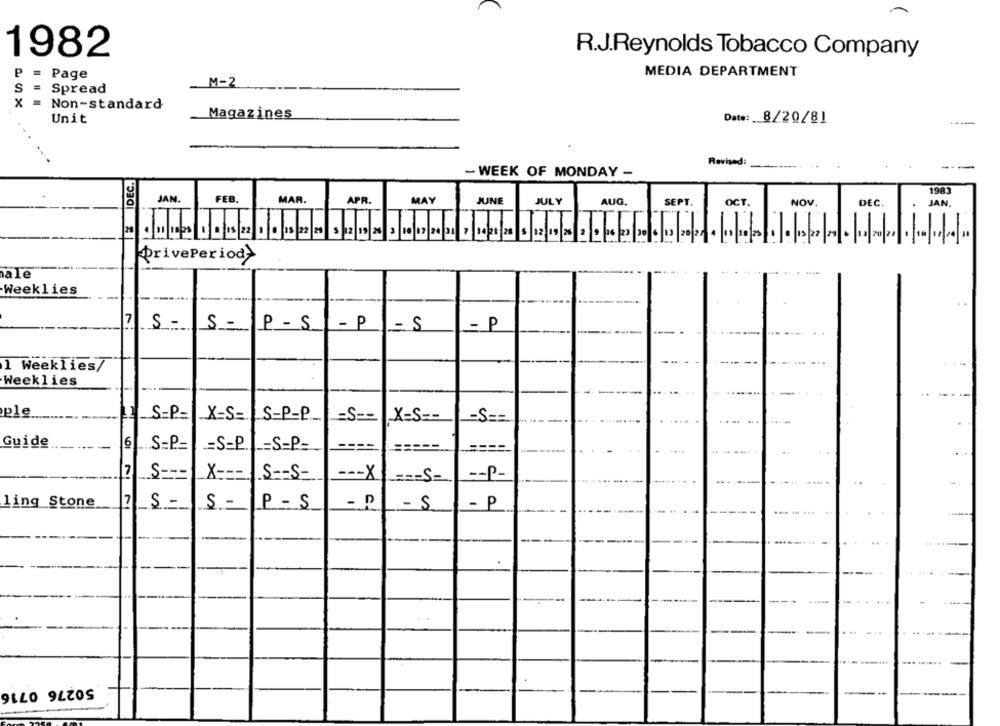
1982
R.J.Reynolds Tobacco Company
P
MEDIA DEPARTMENT
Page
S
M-2
Spread
x
Non-standard
Magazines
Unit
Date: 8/20/81
---
Revised:
IDEC.
- WEEK OF MONDAY -
1983
JAN.
FEB.
MAR.
APR.
MAY
JUNE
JULY
AUG.
SEPT
OCT.
NOV.
DEC.
JAN.
DrivePeriod>
ale
Weeklies
-
7 S-
S-
P - S
- P
- S
- P
1 Weeklies7
Weeklies
ple
S=P=
X-S =-
-S ==
Guide
6 .S=P=
:S=P. L=S-P-
.S ===
X ---
.S == S-
--- X
-- P-
ling Stone
S -
S-
P - S
- D
- S
- P
50276 0716